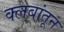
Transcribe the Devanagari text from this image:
क्लबांतून